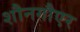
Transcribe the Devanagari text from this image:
शौनगौएर